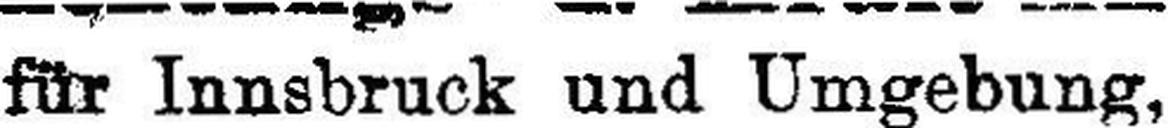
für Innsbruck und Umgebung,